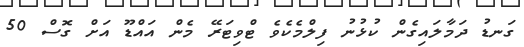
ގަނޑު ދަމާލައިގެން ކުޅުނު ފިލްމެކެވެ ޓްވިޓަރޭ މެން އައްޑޫ އަށް ގޮސް 50